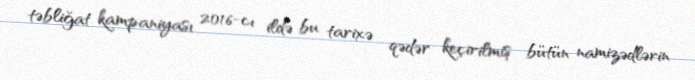
təbliğat kampaniyası 2016-cı ildə bu tarixə qədər keçirilmiş bütün namizədlərin